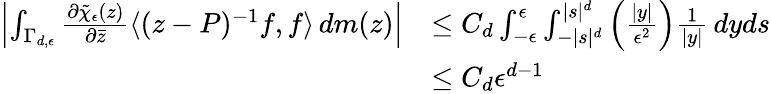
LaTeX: \begin{array}{rl}{\left|\int_{\Gamma_{d,\epsilon}}\frac{\partial\tilde{\chi}_{\epsilon}(z)}{\partial\bar{z}}\langle(z-P)^{-1}f,f\rangle\, dm(z)\right|}&{\le C_{d}\int_{-\epsilon}^{\epsilon}\int_{-|s|^{d}}^{|s|^{d}}\left(\frac{|y|}{\epsilon^{2}}\right)\frac{1}{|y|}\, dyds}\\ &{\le C_{d}\epsilon^{d-1}}\end{array}